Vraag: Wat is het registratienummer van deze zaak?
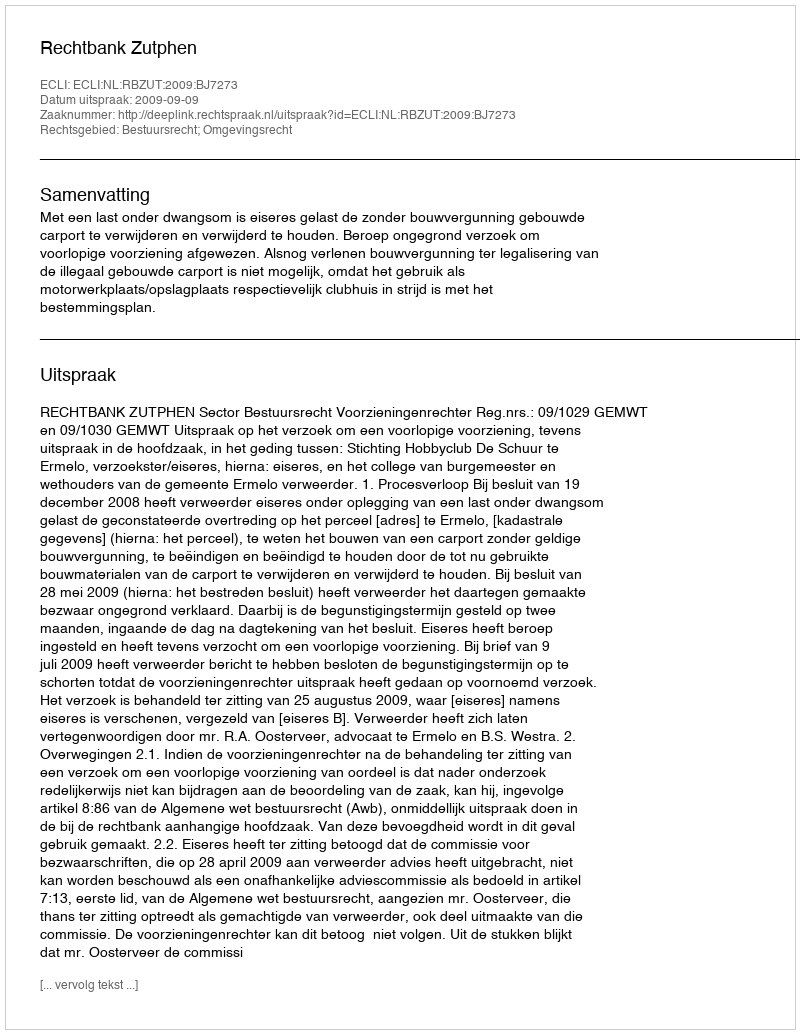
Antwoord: http://deeplink.rechtspraak.nl/uitspraak?id=ECLI:NL:RBZUT:2009:BJ7273